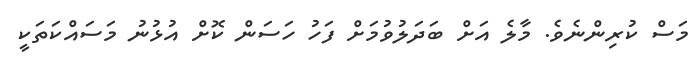
މަސް ކުރިންނެވެ. މާލެ އަށް ބަދަލުވުމަށް ފަހު ހަސަން ކޮށް އުޅުނު މަސައްކަތަކީ